Scottish Leaving Certificate Examination, 1954
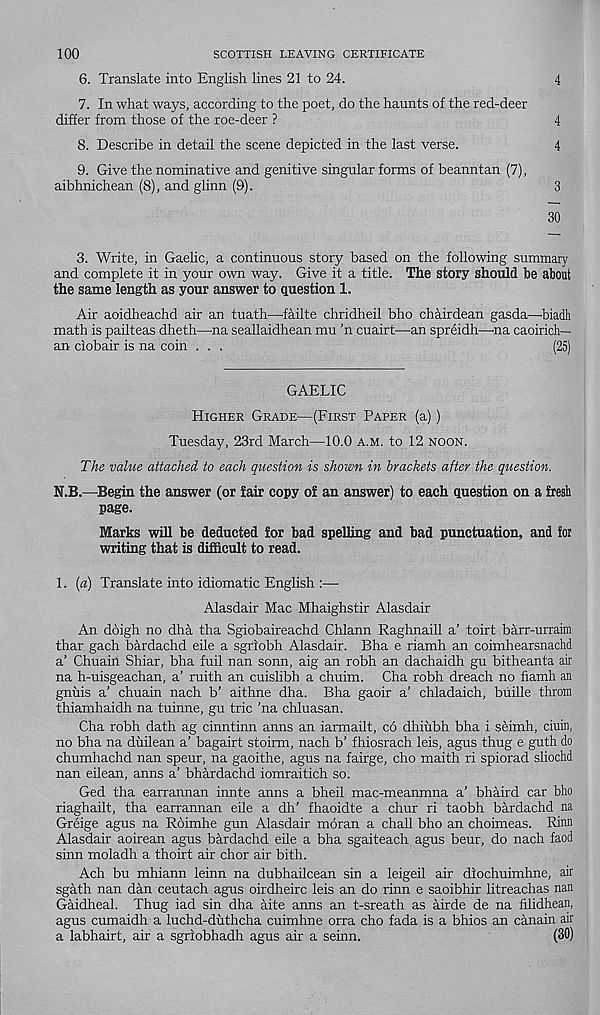
100
SCOTTISH LEAVING CERTIFICATE
6. Translate into English lines 21 to 24.
4
7. In what ways, according to the poet, do the haunts of the red-deer
differ from those of the roe-deer ?
4
8. Describe in detail the scene depicted in the last verse.
4
9. Give the nominative and genitive singular forms of beanntan (7),
aibhnichean (8), and glinn (9).
3
30
3. Write, in Gaelic, a continuous story based on the following summary
and complete it in your own way. Give it a title. The story should be about
the same length as your answer to question 1.
Air aoidheachd air an tuath—failte chridheil bho chairdean gasda—biadh
math is pailteas dheth—na seallaidhean mu ’n cuairt—an spreidh—na caoirich—
an ciobair is na coin . . .
(25)
GAELIC
Higher Grade—(First Paper (a))
Tuesday, 23rd March—10.0 a.m. to 12 noon.
The value attached to each question is shown in brackets after the question.
N.B.—Begin the answer (or fair copy of an answer) to each question on a fresh
page.
Marks will be deducted for bad spelling and bad punctuation, and ioi
writing that is difficult to read.
1. {a) Translate into idiomatic English :—•
Alasdair Mac Mhaighstir Alasdair
An doigh no dha tha Sgiobaireachd Chlann Raghnaill a' toirt barr-urraim
thar gach bardachd eile a sgriobh Alasdair. Bha e riamh an coimhearsnachd
a’ Chuain Shiar, bha fuil nan sonn, aig an robh an dachaidh gu bitheanta air
na h-uisgeachan, a’ ruith an cuislibh a chuim. Cha robh dreach no fiamh an
gnuis a’ chuain nach b’ aithne dha. Bha gaoir a’ chladaich, buille throm
thiamhaidh na tuinne, gu trie ’na chluasan.
Cha robh dath ag cinntinn anns an iarmailt, co dhiubh bha i seimh, ciuin,
no bha na duilean a’ bagairt stoirm, nach b’ fhiosrach leis, agus thug e guth do
chumhachd nan speur, na gaoithe, agus na fairge, cho maith ri spiorad sliochd
nan eilean, anns a’ bhardachd iomraitich so.
Ged tha earrannan innte anns a bheil mac-meanmna a’ bhaird car bho
riaghailt, tha earrannan eile a dh’ fhaoidte a chur ri taobh bardachd na
Greige agus na Roimhe gun Alasdair moran a chall bho an choimeas. Rinn
Alasdair aoirean agus bardachd eile a bha sgaiteach agus beur, do nach faod
sinn moladh a thoirt air chor air bith.
Ach bu mhiann leinn na dubhailcean sin a leigeil air dlochuimhne, air
sgath nan dan ceutach agus oirdheirc leis an do rinn e saoibhir litreachas nan
Gaidheal. Thug iad sin dha aite anns an t-sreath as airde de na filidhean,
agus cumaidh a luchd-duthcha cuimhne orra cho fada is a bhios an canain air
a labhairt, air a sgriobhadh agus air a seinn.
(30)